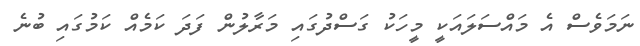
ނަމަވެސް އެ މައްސަލައަކީ މީހަކު ގަސްދުގައި މަރާލުން ފަދަ ކަމެއް ކަމުގައި ބުނެ